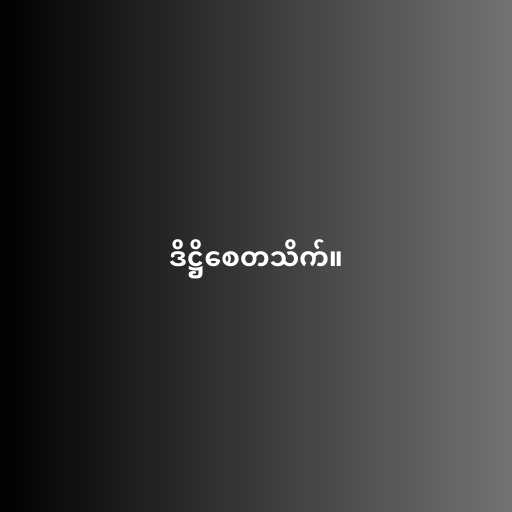
ဒိဋ္ဌိစေတသိက်။